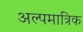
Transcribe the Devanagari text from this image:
अल्पमात्रिक